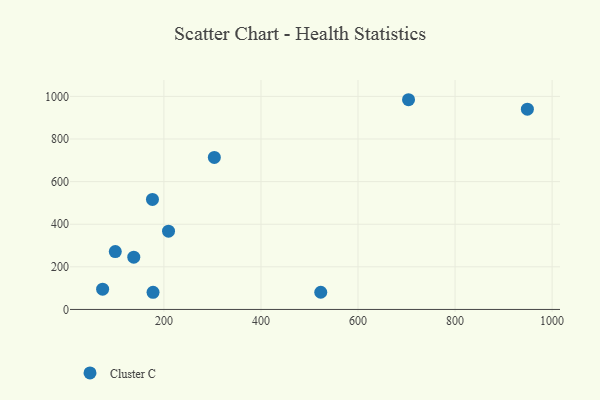
{"axis": {"x": "Distance", "y": "Fuel Efficiency"}, "legend": ["Cluster C"], "data": [{"x": "73.7", "y": 95.1, "type": "Cluster C"}, {"x": "523.2", "y": 80.8, "type": "Cluster C"}, {"x": "704.1", "y": 984.4, "type": "Cluster C"}, {"x": "137.9", "y": 245.2, "type": "Cluster C"}, {"x": "303.9", "y": 713.7, "type": "Cluster C"}, {"x": "209.5", "y": 367.4, "type": "Cluster C"}, {"x": "949.0", "y": 940.1, "type": "Cluster C"}, {"x": "177.6", "y": 80.6, "type": "Cluster C"}, {"x": "99.8", "y": 271.7, "type": "Cluster C"}, {"x": "176.4", "y": 516.4, "type": "Cluster C"}]}